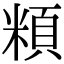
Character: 頪